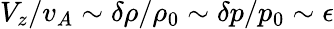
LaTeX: V_{z}/v_{A}\sim\delta\rho/\rho_{0}\sim\delta p/p_{0}\sim\epsilon